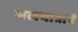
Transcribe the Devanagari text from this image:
जलयात्राएँ